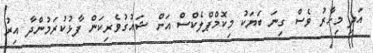
އަދި މިހާރު ވެސް ގިނަ ބަޔަކު މިކޮމްޕްލެކްސް އަށް ޝައުގުވެރިކަން ފާޅުކުރަމުންދާ އިރު